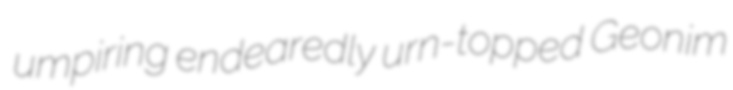
umpiring endearedly urn-topped Geonim